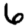
Digit: 6